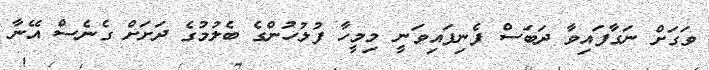
ވަގަށް ނަގާފައިވާ ދަބަސް ފެނިފައިވަނީ މިމީހާ ފުލުހުންގެ ބެލުމުގެ ދަށަށް ގެނެސް އޭނާ